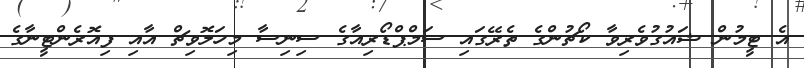
އެ ޓީމުން ޝައުގުވެރިވާ ކޯޗުންގެ ތެރޭގައި ސަމްޕްޑޯރިއާގެ ސިނިސާ މިހަލޮވިޗް އާއި ފިއޮރެންޓީނާގެ